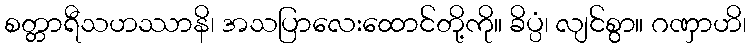
စတ္တာရီသဟဿာနိ၊ အသပြာလေးထောင်တို့ကို။ ခိပ္ပံ၊ လျင်စွာ။ ဂဏှာဟိ၊